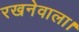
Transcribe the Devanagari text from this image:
रखनेवाला।